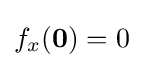
f_{x}(\mathbf {0} )=0